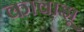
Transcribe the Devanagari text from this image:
कावाझू